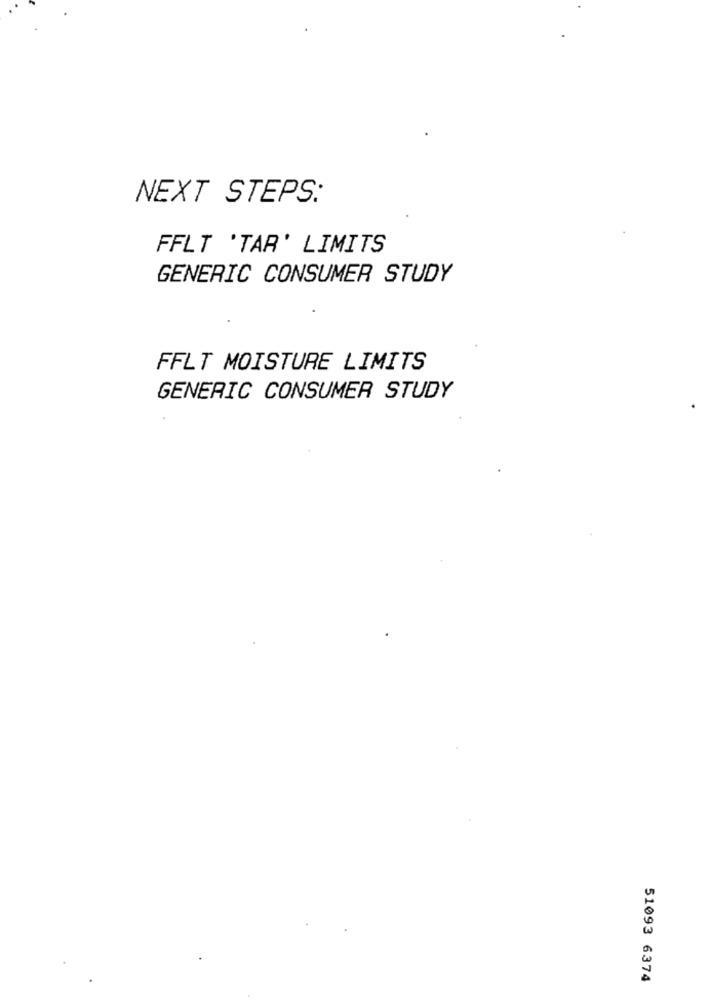
NEXT STEPS:
FFLT 'TAR' LIMITS
GENERIC CONSUMER STUDY
FFLT MOISTURE LIMITS
GENERIC CONSUMER STUDY
51093 6374